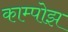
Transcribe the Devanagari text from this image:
काम्पोझ